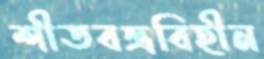
শীতবস্ত্রবিহীন